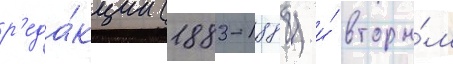
р'еда́кции (1883-1888) и́ вторы́м